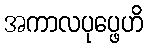
အကာလပုပ္ဖေဟိ